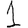
Digit: 1